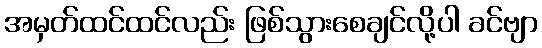
အမှတ်ထင်ထင်လည်း ဖြစ်သွားစေချင်လို့ပါ ခင်ဗျာ